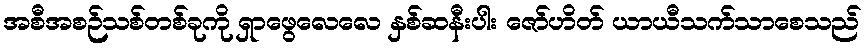
အစီအစဉ်သစ်တစ်ခုကို ရှာဖွေလေလေ နှစ်ဆနီးပါး ဇော်ဟိတ် ယာယီသက်သာစေသည်